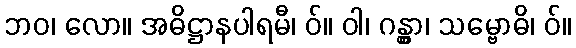
ဘဝ၊ လော။ အဓိဋ္ဌာနပါရမီ၊ ဝ်။ ဝါ၊ ဂန္တွာ၊ သမ္ဗောဓိ၊ ဝ်။